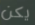
يكن